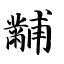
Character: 黼